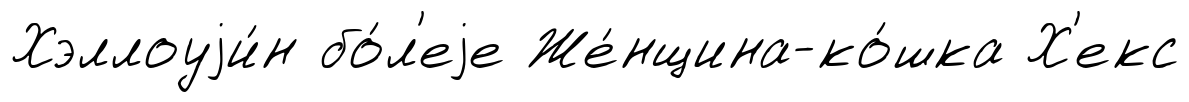
Хэллоуjи́н бо́л'еjе Же́нщина-ко́шка Х'екс